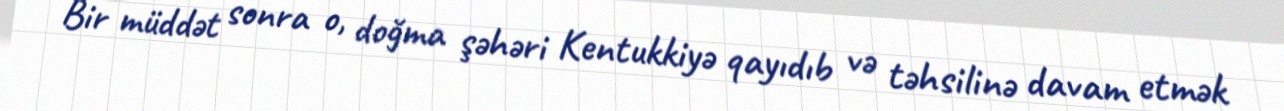
Bir müddət sonra o, doğma şəhəri Kentukkiyə qayıdıb və təhsilinə davam etmək